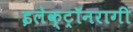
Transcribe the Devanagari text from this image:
इलेक्ट्रॉनरागी